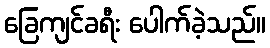
ခြေကျင်ခရီး ပေါက်ခဲ့သည်။